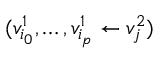
( v _ { i _ { 0 } } ^ { 1 } , \ldots , v _ { i _ { p } } ^ { 1 } \leftarrow v _ { j } ^ { 2 } )